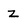
Character: z